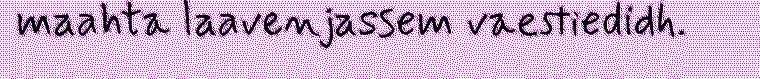
maahta laavenjassem vaestiedidh.